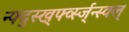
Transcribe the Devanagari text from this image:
न्फ्द्स्ख्र्फ्व्स्ज्न्स्क्ल्